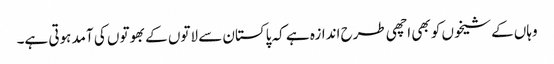
وہاں کے شیخوں کو بھی اچھی طرح اندازہ ہے کہ پاکستان سے لاتوں کے بھوتوں کی آمد ہوتی ہے۔